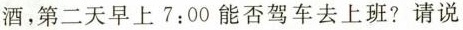
酒，第二天早上7：00能否驾车去上班?请说